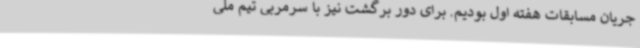
جریان مسابقات هفته اول بودیم. برای دور برگشت نیز با سرمربی تیم ملی